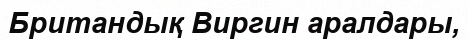
Британдық Виргин аралдары,